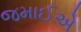
જમાઈએ